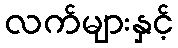
လက်များနှင့်